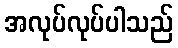
အလုပ်လုပ်ပါသည်